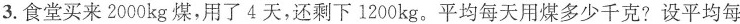
3.食堂买来2000kg煤，用了4天，还剩下1200kg。平均每天用煤多少千克?设平均每